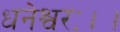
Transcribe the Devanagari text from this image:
धनेश्वरः।।